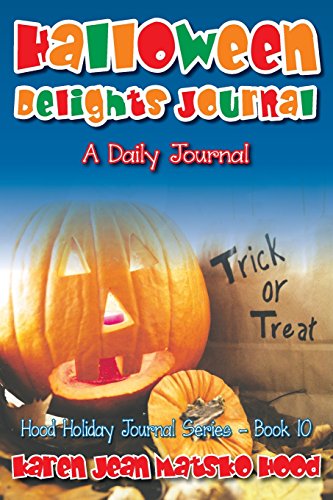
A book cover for Halloween Delights Journal: A Daily Journal; Karen Jean Matsko Hood; Cookbooks, Food & Wine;